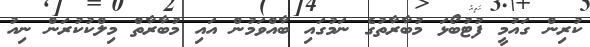
ކުރިން ގައުމީ ފުޓުބޯޅަ މުބާރާތުގެ ނަމުގައި ބާއްވަމުން އައި މުބާރާތް މިލްކުކުރަން ނިއު